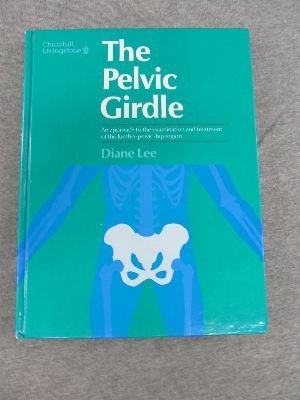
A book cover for The Pelvic Girdle: An Approach to the Examination and Treatment of the Lumbo-Pelvic-Hip Region; Diane Lee; Health, Fitness & Dieting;